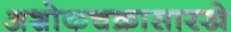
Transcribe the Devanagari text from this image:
अशोकचक्रासारखे